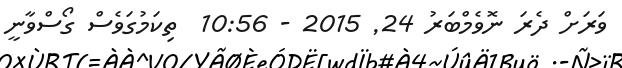
ވަރަށް ދެރަ ނޮވެމްބަރު 24